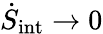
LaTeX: \dot{S}_{\mathrm{int}}\rightarrow 0